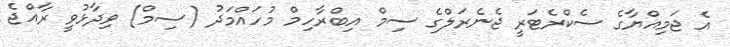
އެ ޖަމިއްޔާގެ ސެކްރެޓަރީ ޖެނެރަލްގެ ސިމް އިބްރާހިމް މުހައްމަދު (ސިމް) ވިދާޅުވީ ރާއްޖެ